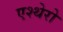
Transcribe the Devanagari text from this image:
एश्थेरो